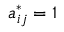
a _ { i j } ^ { * } = 1